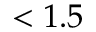
< 1 . 5